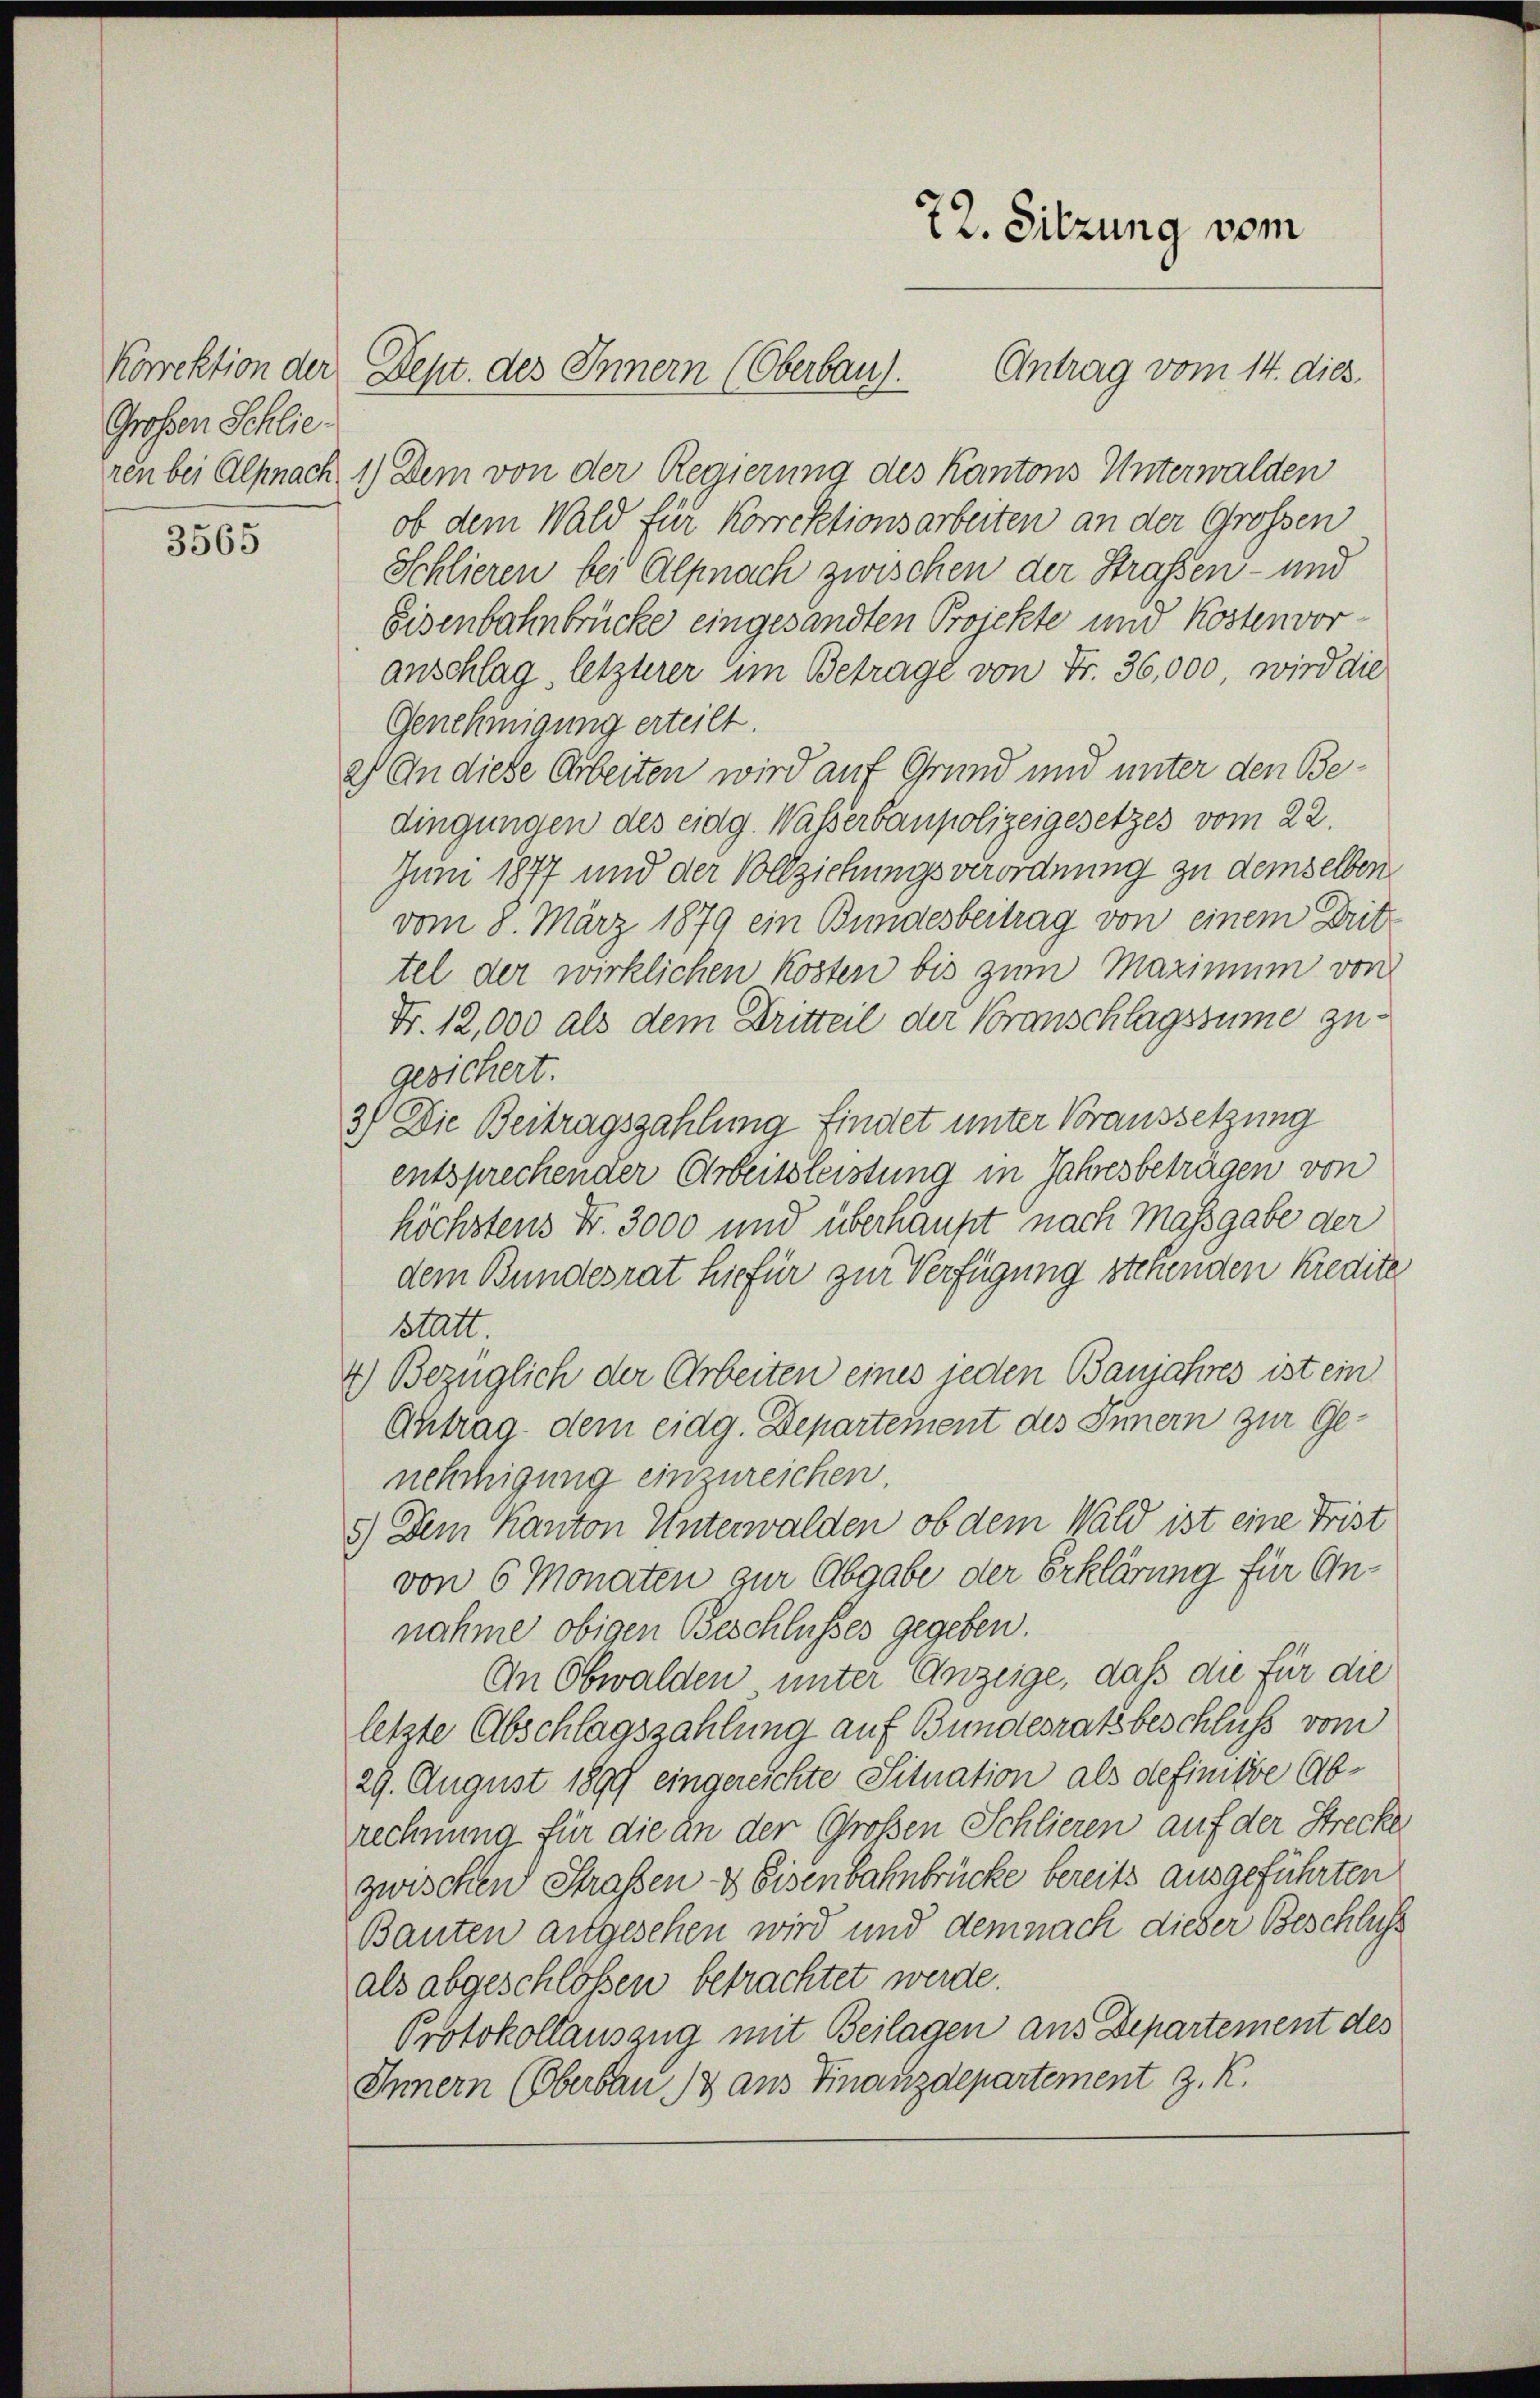
Grossen Schlie

3565

ren bei Alpnach 1.) Dem von der Regierung des Kantons Unterwalden
ob dem Wald für Korrektionsarbeiten an der Grossen
Schlieren bei Alpnach zwischen der Straßen- und
Eisenbahnbrücke eingesandten Projekte und Kosten vor
anschlag, letzterer um Betrage von Fr. 36,000, wird die
Genehmigung erteilt.
2) An diese Arbeiten wird auf Grund und unter den Bedingungen des eidg. Wasserbaupolizeigesetzes vom 22.
Juni 1877 und der Vollziehungsverordnung zu demselben.
vom 8. März 1879 ein Bundesbeitrag von einem Drit-
tel der wirklichen Kosten bis zum Maximum von
Fr. 12,000 als dem Dritteil der Voranschlagssumme zu
gesichert.
3) Die Beitragszahlung findet unter Voraussetzung
entsprechender Arbeitsleistung in Jahresbetragen von
höchstens Nr. 3000 und überhaupt nach Maßgabe der
dem Bundesrat hiefür zur Verfügung stehenden Kredite
statt.
4) Bezüglich der Arbeiten eines jeden Banjahres ist ein
Ahtrag dem eidg. Departement des Innern zur Genehmigung einzureichen.
5.) Dem Kanton Unterwalden, ob dem Wald ist eine Frist
von 6 Monaten zur Abgabe der Erklärung für Annahme obigen Beschlusses gegeben.
An Obwalden unter Anzeige, daß die für die
letzte Abschlagszahlung auf Bundesratsbeschluß vom
29. August 1899 eingereichte Situation als definiste Abrechnung für die an der Großen Schlieren auf der Strecke
zwischen Straßen & Eisenbahnbrücke bereits ausgeführten
Bauten angesehen wird und demnach dieser Beschluss
als abgeschlossen betrachtet werde.
Protokollauszug mit Beilagen aus Departement des
Innern (Oberbau 18 aus Finanzdepartement z. K.

72. Sitzung vom
Korrektion der Sept. des Innern (Oberbau. Antrag vom 14. dies